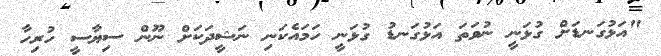
"އަޅުގަނޑަށް ގުޅަނީ ނުވަތަ އަޅުގަނޑު ގުޅަނީ ހަމައެކަނި ނަޝީދަކަށް ނޫން ސިޔާސީ ހުރިހާ